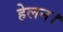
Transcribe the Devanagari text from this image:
हेलन।